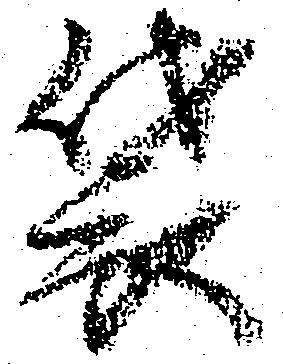
袋